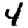
Digit: 4